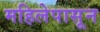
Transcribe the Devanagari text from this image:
महिलेपासून